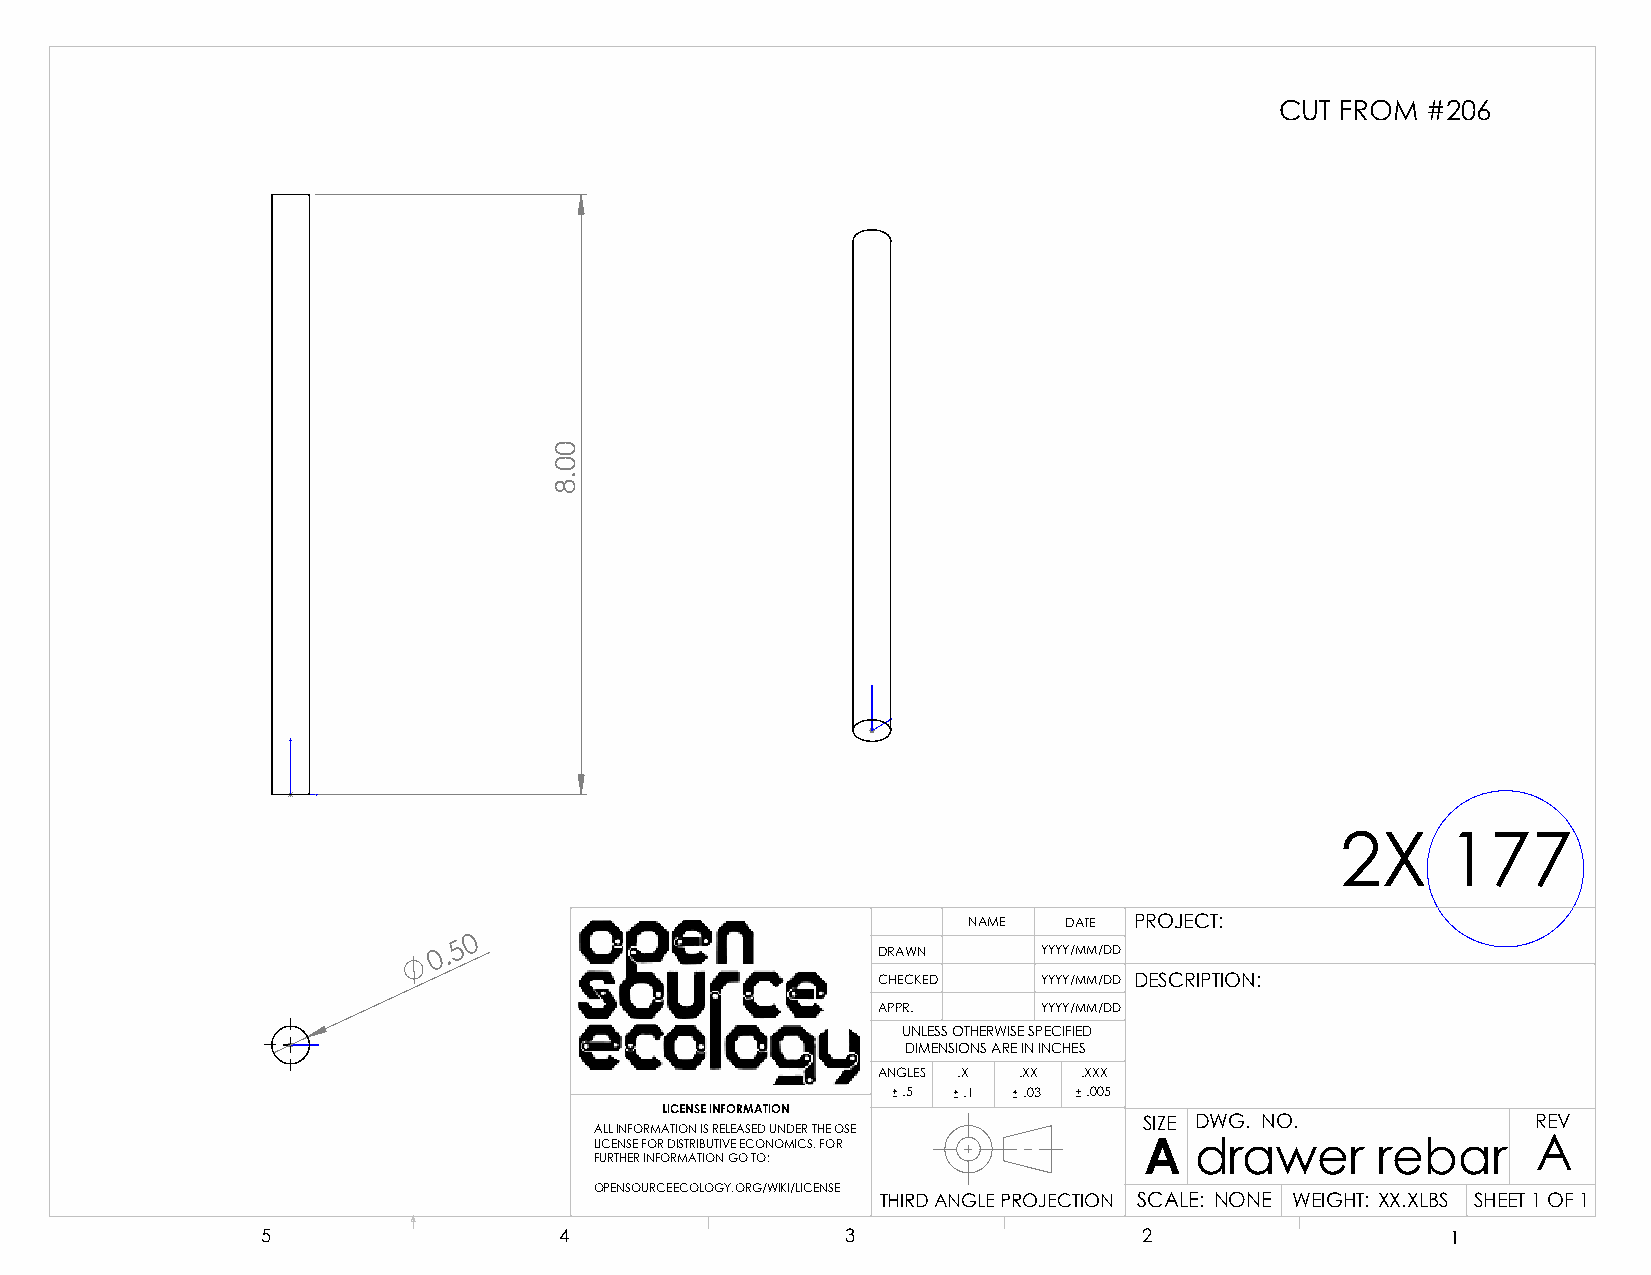
CUT FROM #206
 2X     177
 NAME  DATE PROJECT:
 0
 5
 0 .                          DRAWN      YYYY/MM/DD
 CHECKED    YYYY/MM/DD DESCRIPTION:
 APPR.      YYYY/MM/DD
 UNLESS OTHERWISE SPECIFIED
 DIMENSIONS ARE IN INCHES
 ANGLES .X .XX .XXX
 .5  .1  .03 .005
 LICENSE INFORMATION
 SIZE DWG. NO.             REV
 ALL INFORMATION IS RELEASED UNDER THE OSE
 LICENSE FOR DISTRIBUTIVE ECONOMICS. FOR A drawer    rebar      A
 FURTHER INFORMATION GO TO:
 OPENSOURCEECOLOGY.ORG/WIKI/LICENSE
 THIRD ANGLE PROJECTION SCALE: NONE WEIGHT: XX.XLBS SHEET 1 OF 1
 5                   4                  3                   2                   1
 00.8